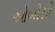
ઓબીસી